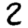
Digit: 2